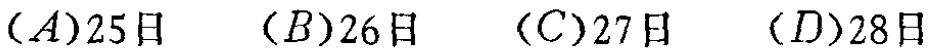
$(A)25\text{日}\quad (B)26\text{日}\quad (C)27\text{日}\quad (D)28\text{日}$